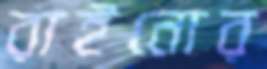
রাইনোর